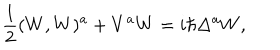
\frac { 1 } { 2 } ( W , W ) ^ { a } + V ^ { a } W = i \hbar \Delta ^ { a } W ,